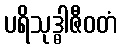
ပရိသုဒ္ဓါဇီဝတံ